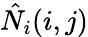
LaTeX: \hat{N}_{i}(i,j)